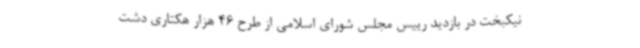
نیکبخت در بازدید رییس مجلس شورای اسلامی از طرح 46 هزار هکتاری دشت